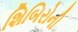
શિબિરોની